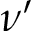
\nu ^ { \prime }